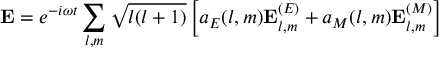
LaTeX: \mathbf { E } = e ^ { - i \omega t } \sum _ { l , m } { \sqrt { l ( l + 1 ) } } \left[ a _ { E } ( l , m ) \mathbf { E } _ { l , m } ^ { ( E ) } + a _ { M } ( l , m ) \mathbf { E } _ { l , m } ^ { ( M ) } \right]